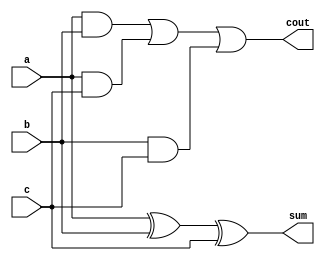
module full_adder_struct (
    a,b,c,sum,cout
);
    
    input a,b,c;
    output sum,cout;
    wire w1,w2,w3,w4,w5;

    xor x1(w1,a,b);
    xor x2(sum,w1,c);

    and a1(w2,a,b);
    and a2(w3,a,c);
    and a3(w4,b,c);

    or o1(w5,w2,w3);
    or o2(cout,w5,w4);

    initial begin
        $dumpfile ("full_adder_struct.vcd");
        $dumpvars (0, full_adder_struct);
        #1;
    end

endmodule